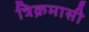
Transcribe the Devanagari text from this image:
त्रिक्रमासी